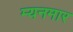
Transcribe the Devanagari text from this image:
म्यनमार